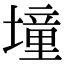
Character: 墥